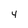
Character: 4